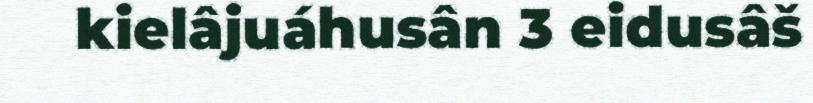
kielâjuáhusân 3 eidusâš